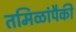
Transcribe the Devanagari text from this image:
तमिळांपैकी